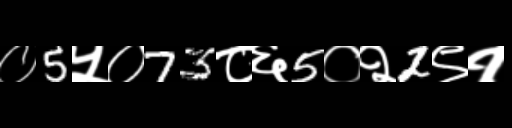
Text: ०5५०73८६5०२2९१